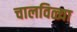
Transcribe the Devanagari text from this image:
चालविळ्या